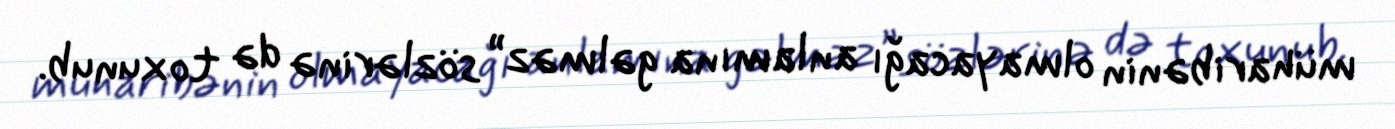
müharibənin olmayacağı anlamına gəlməz” sözlərinə də toxunub.